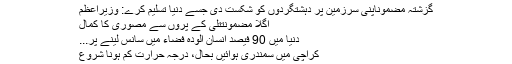
گزشتہ مضموناپنی سرزمین پر دہشتگردوں کو شکست دی جسے دنیا تسلیم کرے: وزیراعظم
اگلا مضمونتتلی کے پروں سے مصوری کا کمال
دنیا میں 90 فیصد انسان آلودہ فضاء میں سانس لینے پر...
کراچی میں سمندری ہوائیں بحال، درجہ حرارت کم ہونا شروع